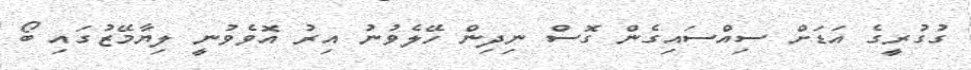
ގުގުރީގެ އަޑަށް ސިއްސައިގެން ގޮސް ނިދިން ހޭލެވުނު އިރު އޮވެވުނީ ލިޔާމޭޒުގައި ބޯ